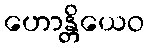
ဟောန္တိယေဝ